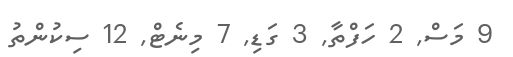
9 މަސް